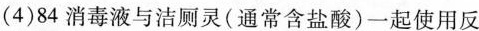
(4)84消毒液与洁厕灵(通常含盐酸)一起使用反